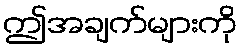
ဤအချက်များကို